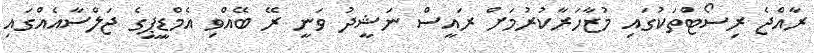
ރާއްޖެ ރިސޯޓްތަކުގައި މުޒާހަރާކުރުމަށް ރައީސް ނަޝީދު ވަނީ ރޭ ބޭއްވި އެމްޑީޕީގެ ޖަލްސާއެއްގައި